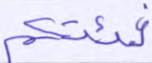
فئتكم